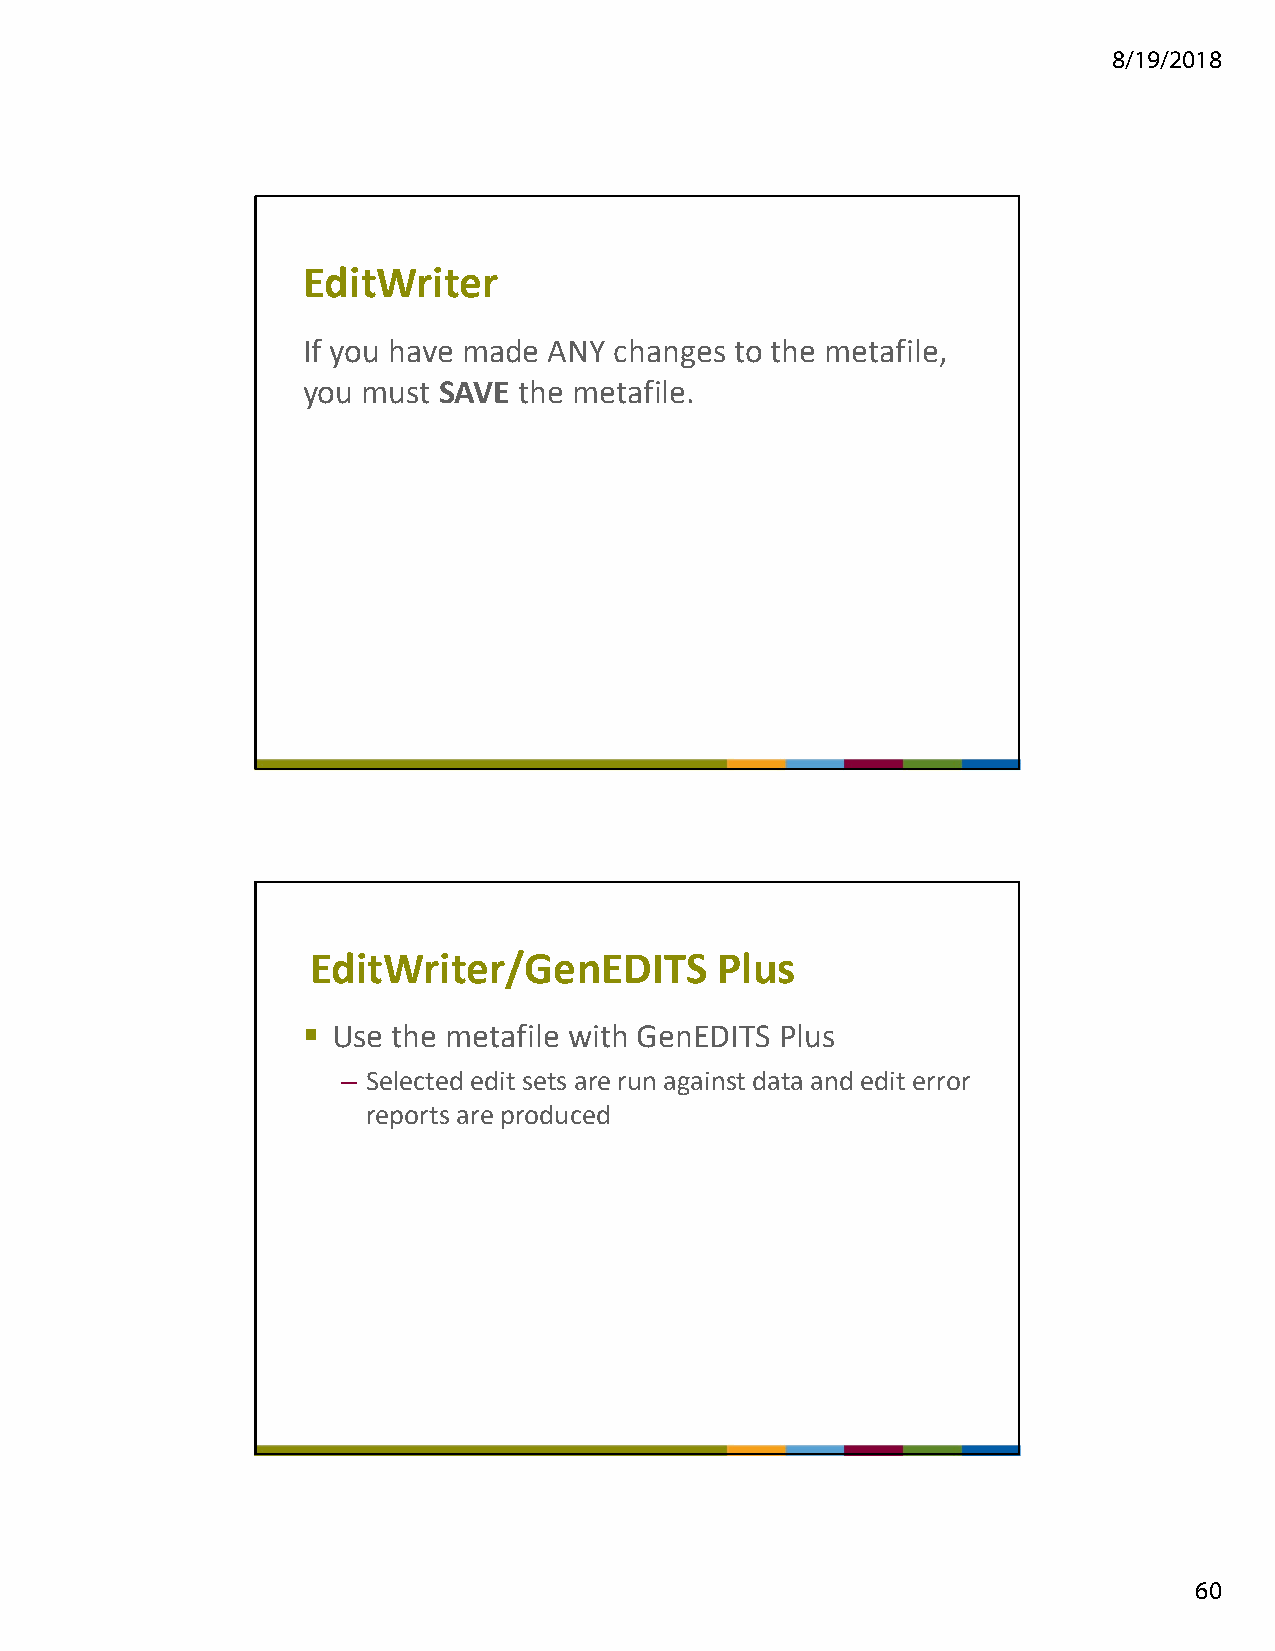
8/19/2018
 EditWriter
 If you have made ANY changes to the metafile,
 you must SAVE the metafile.
 EditWriter/GenEDITS       Plus
  Use the metafile with GenEDITS Plus
 – Selected edit sets are run against data and edit error
 reports are produced
 60